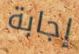
إجابة